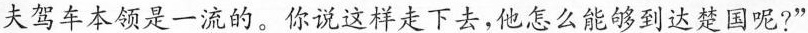
夫驾车本领是一流的。你说这样走下去，他怎么能够到达楚国呢?”